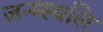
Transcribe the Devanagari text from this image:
जन्म्स्थलि